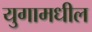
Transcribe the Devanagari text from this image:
युगामधील